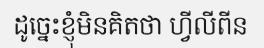
ដូច្នេះខ្ញុំមិនគិតថា ហ្វីលីពីន